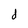
Character: d